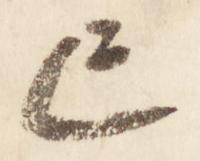
亡